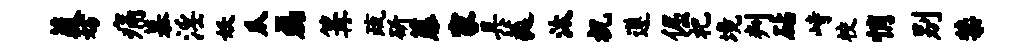
葭妨痛慕淫妖瓜磊篝疏斫藤家具蕤汰祝遵倔祀境判砧峙校悄别禁